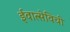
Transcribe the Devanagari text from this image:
ईवात्सेविची